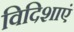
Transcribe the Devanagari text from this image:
विदिशाएं